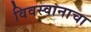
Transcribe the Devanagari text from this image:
विवस्वानाचा